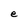
Character: e